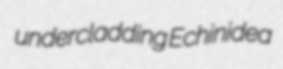
undercladding Echinidea